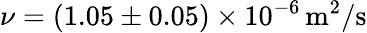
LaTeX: \nu=\left(1.05\pm 0.05\right)\times 10^{-6}\, \mathrm{m^{2}/s}